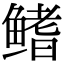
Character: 鳍